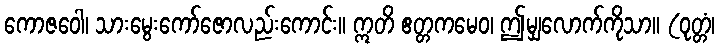
ကောဇဝေါ၊ သားမွေးကော်ဇောလည်းကောင်း။ ဣတိ ဧတ္တကမေဝ၊ ဤမျှလောက်ကိုသာ။ (ဝုတ္တံ၊